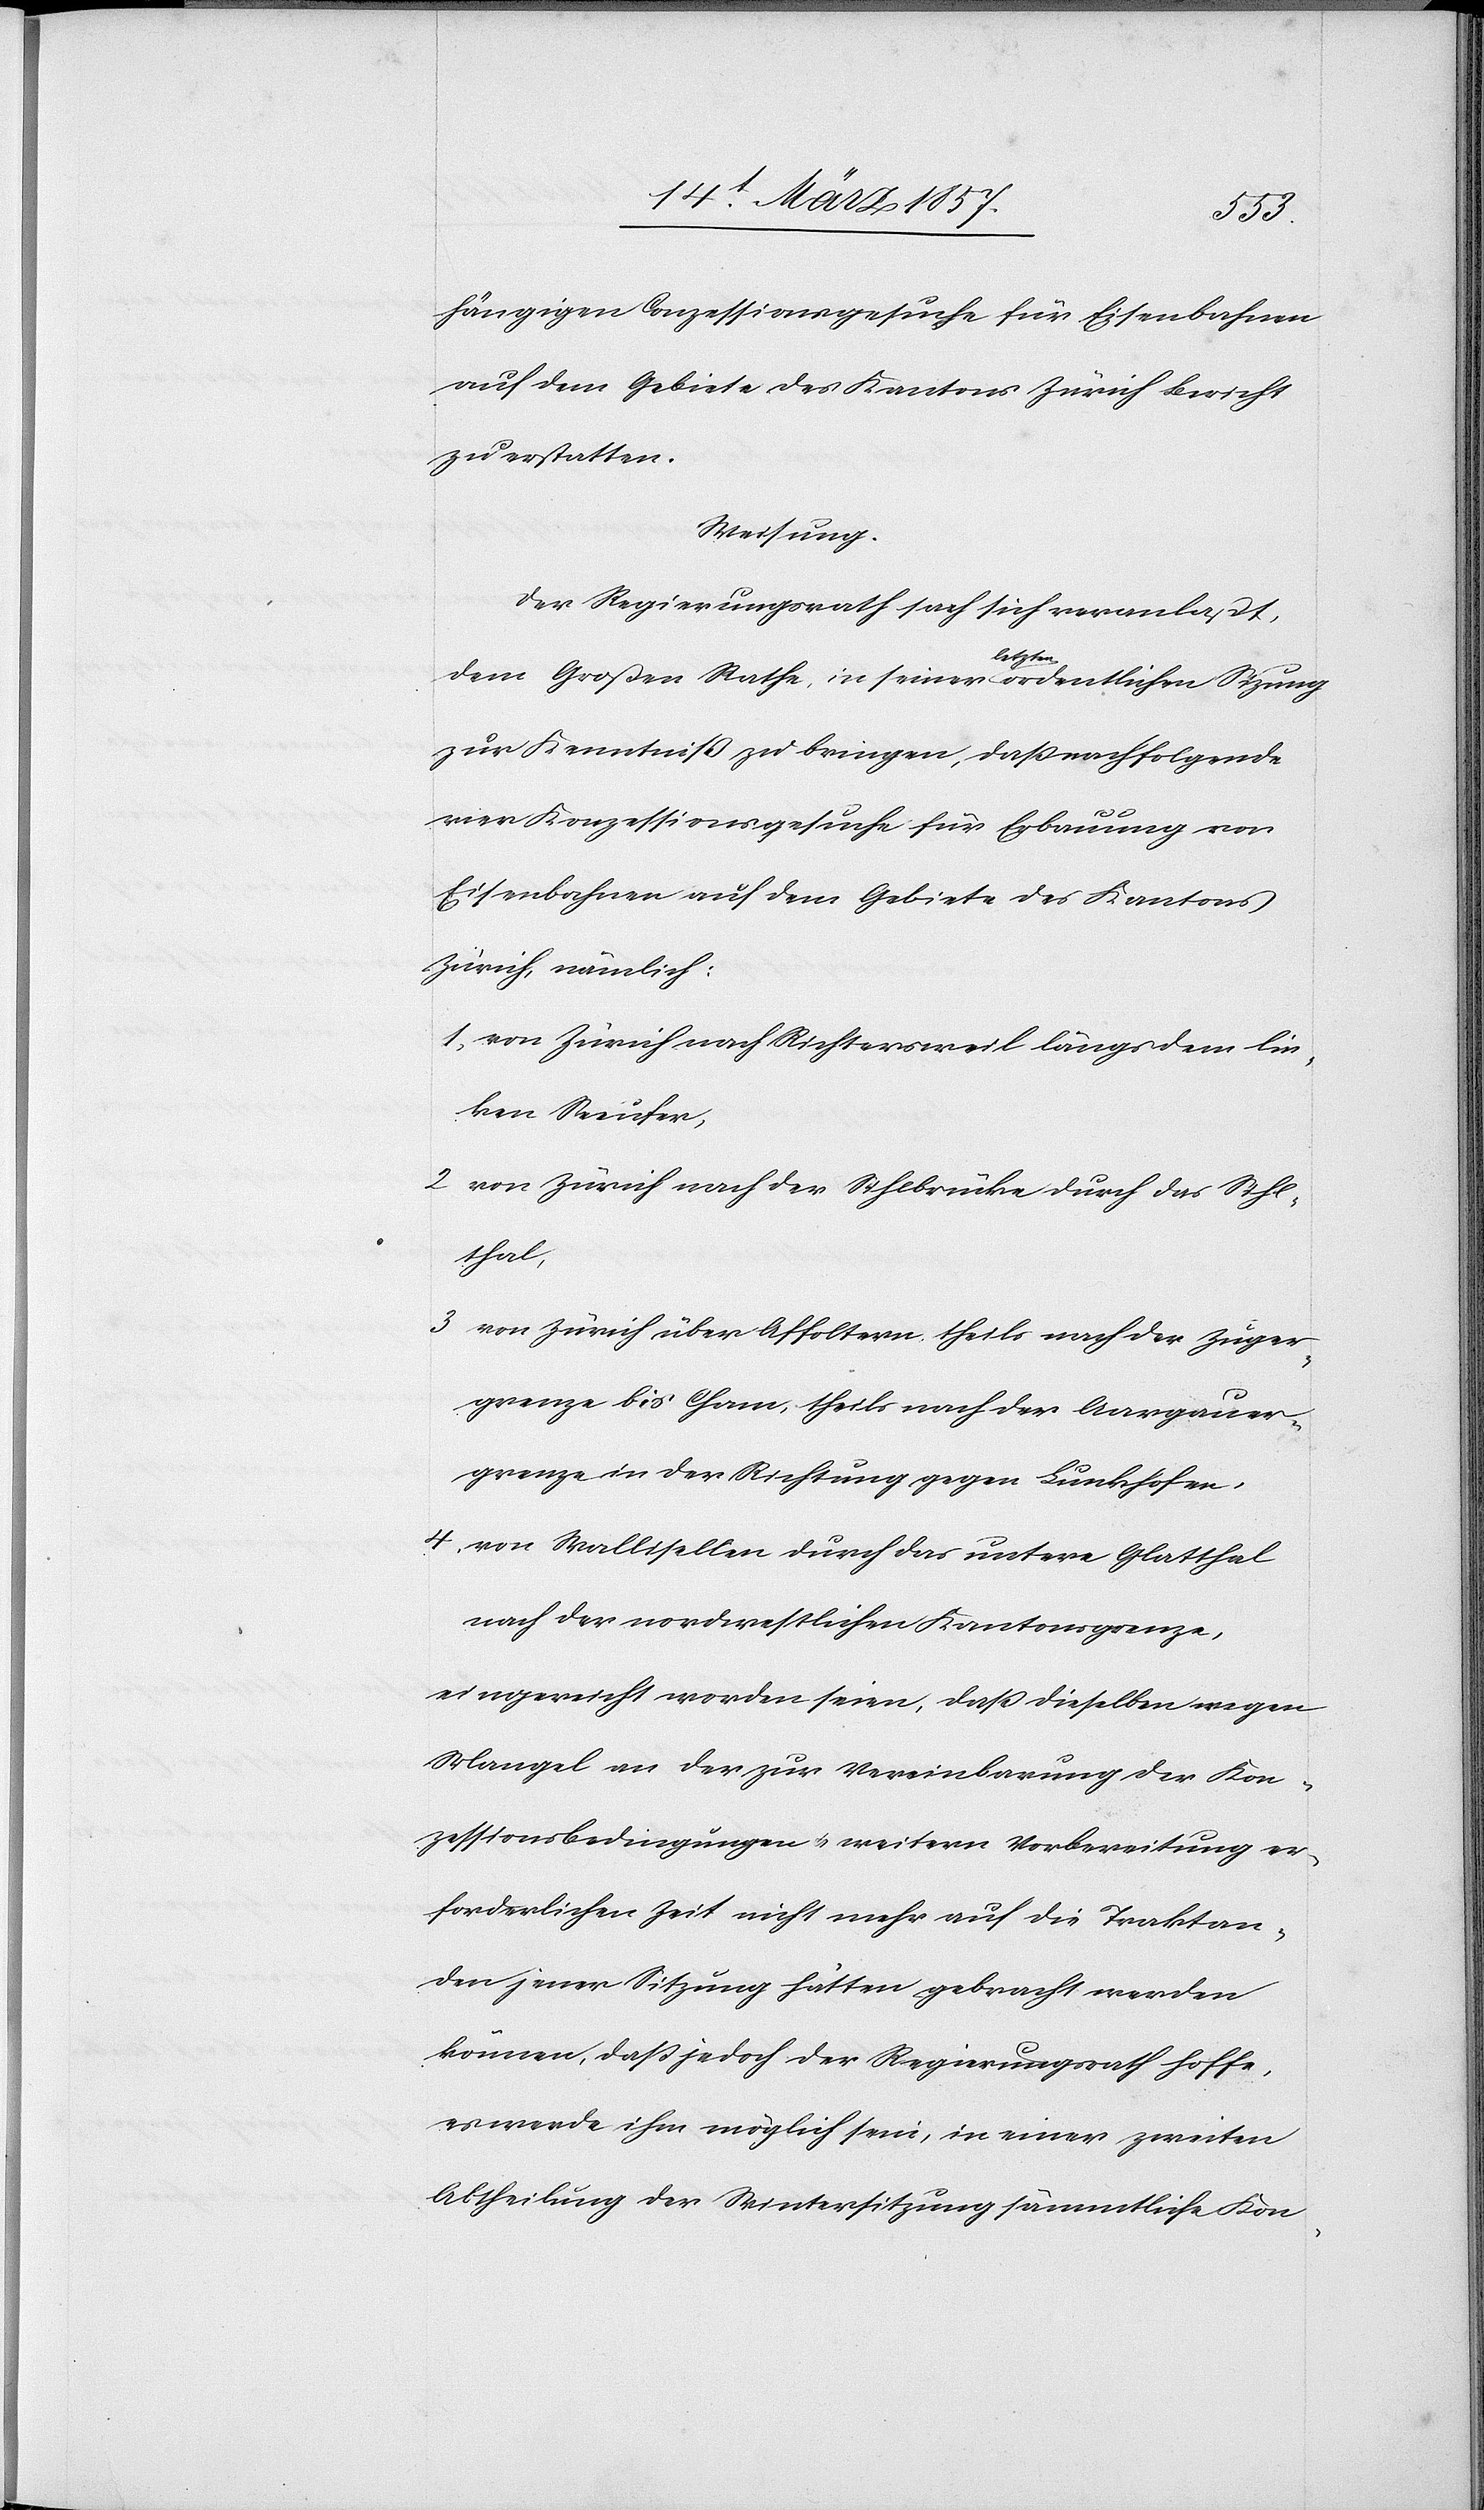
hängigen Conzessionsgesuche für Eisenbahnen
auf dem Gebiete des Kantons Zürich Bericht
zu erstatten.
Weisung.
Der Regierungsrath sah sich veranlaßt,
dem Großen Rathe, in seiner letzten ordentlichen Sizung
zur Kenntniß zu bringen, daß nachfolgende
vier Konzessionsgesuche für Erbauung von
Eisenbahnen auf dem Gebiete des Kantons
Zürich, nämlich:
1. von Zürich nach Richtersweil längs dem lin¬
ken Seeufer,
2. von Zürich nach der Sihlbrücke durch das Sihl¬
thal,
3. von Zürich über Affoltern, theils nach der Zuger¬
grenze bis Cham, theils nach der Aargauer¬
grenze in der Richtung gegen Lunkhofen,
4. von Wallisellen durch das untere Glatthal
nach der nordwestlichen Kantonsgrenze,
eingereicht worden seien, daß dieselben wegen
Mangel an der zu Vereinbarung der Kon¬
zessionsbedingungen u. weitern Vorbereitung er¬
forderlichen Zeit nicht mehr auf die Traktan¬
den jener Sitzung hätten gebracht werden
können, daß jedoch der Regierungsrath hoffe,
es werde ihm möglich sein, in einer zweiten
Abtheilung der Wintersitzung sämmtliche Kon-